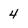
Character: 4